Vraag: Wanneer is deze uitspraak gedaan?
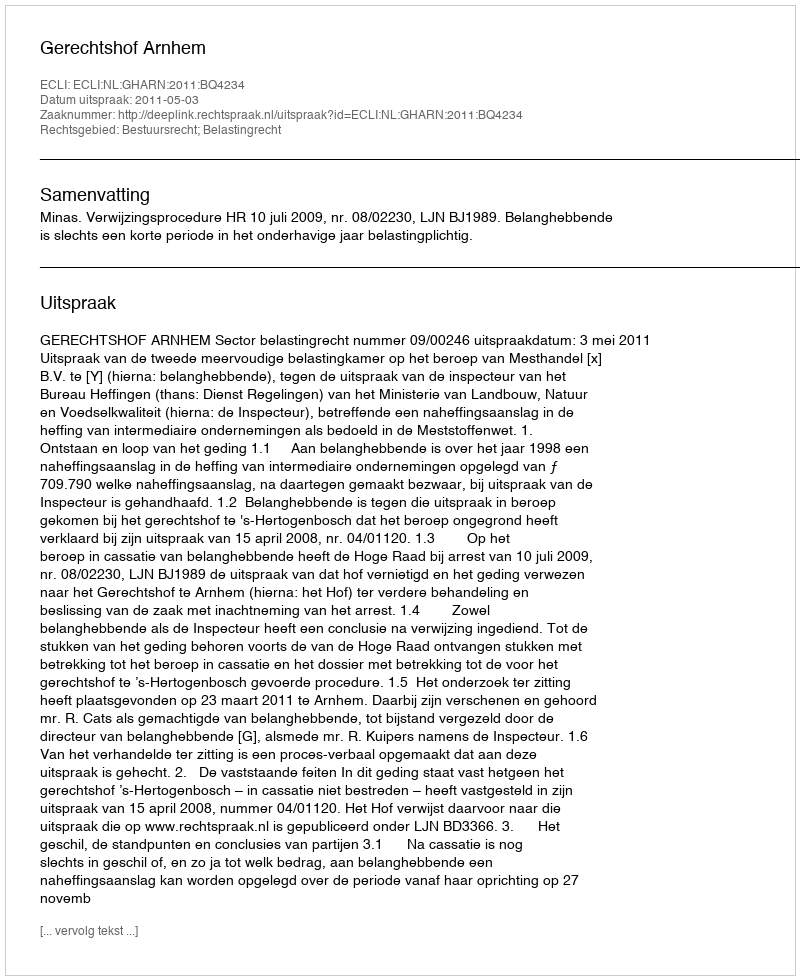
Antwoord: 2011-05-03